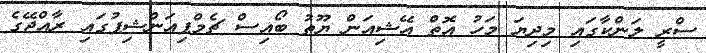
ސްރީ ލަންކާގައި މިދިޔަ މަހު އޮތް އޭޝިއަން ޔޫތު ބޯއިސް ޗެމްޕިއަންޝިޕުގައި ރާއްޖޭގެ